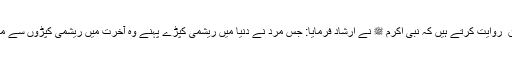
* حضرت عمر فاروق ؓ روایت کرتے ہیں کہ نبی اکرم ﷺ نے ارشاد فرمایا: جس مرد نے دنیا میں ریشمی کپڑے پہنے وہ آخرت میں ریشمی کپڑوں سے محروم کردیا جائے گا۔